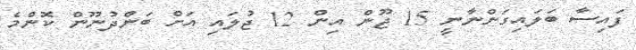
ފައިސާ ބަލައިގަންނާނީ 15 ޖޫން އިން 12 ޖުލައި އަށް ބަންދުނޫން ކޮންމެ